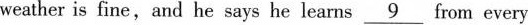
weather is fine,and he says he learns \underline{9} from every